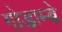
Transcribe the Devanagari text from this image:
गोडाम्बे